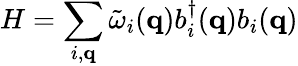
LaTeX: H=\sum_{i,{\mathbf{q}}}{\tilde{\omega}}_{i}({\mathbf{q}})b_{i}^{\dagger}({\mathbf{q}})b_{i}({\mathbf{q}})